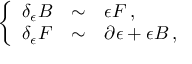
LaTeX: \left\{ \begin{array} { r c l } { { \delta _ { \epsilon } B } } & { { \sim } } & { { \epsilon F \, , } } \\ { { \delta _ { \epsilon } F } } & { { \sim } } & { { \partial \epsilon + \epsilon B \, , } } \end{array} \right.